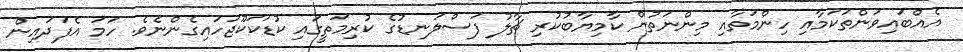
އެއްބައިވަންތަކަމާއި ހިންމަތާއި މިންނަތުން ކާމިޔާބުކުރި ޗާލު ފަސްލަނޑުގެ ކުރިމަތީގައި ކުޑަކަކޫޖަހައިގެންނެވެ. ހަމަ އެފަދައިން